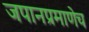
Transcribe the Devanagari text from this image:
जपानप्रमाणेच